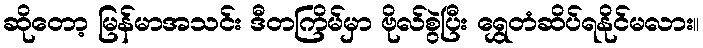
ဆိုတော့ မြန်မာအသင်း ဒီတကြိမ်မှာ ဗိုလ်စွဲပြီး ရွှေတံဆိပ်ရနိုင်မလား။